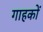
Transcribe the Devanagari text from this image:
गाहकों